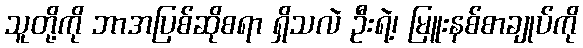
သူတို့ကို ဘာအပြစ်ဆိုစရာ ရှိသလဲ ဦးရဲ့၊ မြူးနစ်စာချုပ်ကို